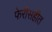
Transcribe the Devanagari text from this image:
फेरीसहीत